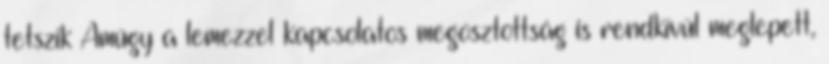
tetszik Amúgy a lemezzel kapcsolatos megosztottság is rendkívül meglepett,